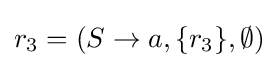
r_{3}=(S\to a,\{r_{3}\},\emptyset )